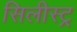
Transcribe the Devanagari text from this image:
सिलीस्ट्र